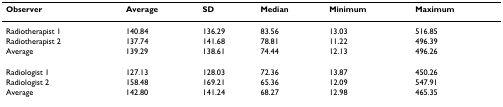
<table><thead><tr><td><b>Observer</b></td><td><b>Average</b></td><td><b>SD</b></td><td><b>Median</b></td><td><b>Minimum</b></td><td><b>Maximum</b></td></tr></thead><tbody><tr><td>Radiotherapist 1</td><td>140.84</td><td>136.29</td><td>83.56</td><td>13.03</td><td>516.85</td></tr><tr><td>Radiotherapist 2</td><td>137.74</td><td>141.68</td><td>78.81</td><td>11.22</td><td>496.39</td></tr><tr><td>Average</td><td>139.29</td><td>138.61</td><td>74.44</td><td>12.13</td><td>496.26</td></tr><tr><td>Radiologist 1</td><td>127.13</td><td>128.03</td><td>72.36</td><td>13.87</td><td>450.26</td></tr><tr><td>Radiologist 2</td><td>158.48</td><td>169.21</td><td>65.36</td><td>12.09</td><td>547.91</td></tr><tr><td>Average</td><td>142.80</td><td>141.24</td><td>68.27</td><td>12.98</td><td>465.35</td></tr></tbody></table>